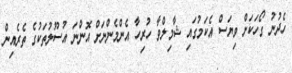
ހެދުނު ގޯހަކަށް ވިޔަސް އެކަމުގައި ޝާމިލްވާ ހުރިހާ އެންމެންނަށް އޮންނަ އުސޫލުތަކުގެ ތެރެއިން